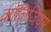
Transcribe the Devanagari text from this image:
कॉलिजियम